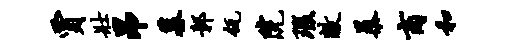
贾壮昂墓鄣瓴院瑕敝暴商和